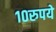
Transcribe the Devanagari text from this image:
१०रुपये